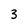
Character: 3